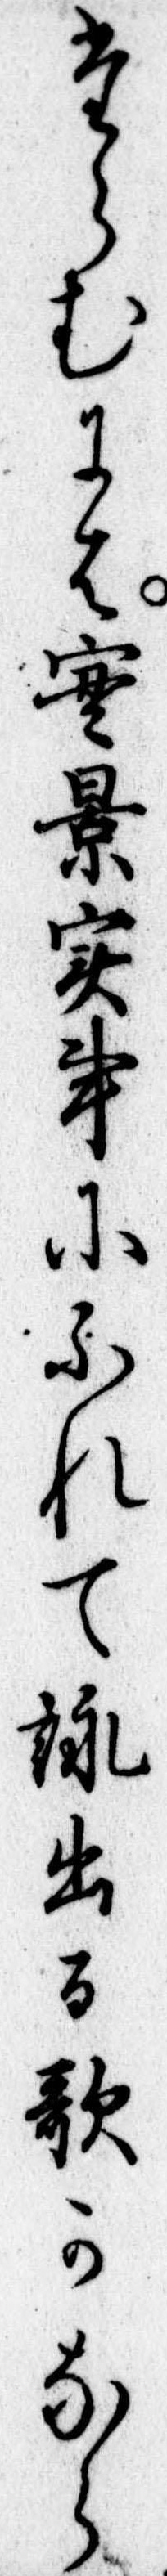
たらむには実景実事にふれて詠出る歌かなら